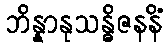
ဘိန္နာနုသန္ဓိဇနနိံ